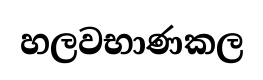
හලවභාණකල